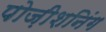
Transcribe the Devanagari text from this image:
पोज़ीशनिंग